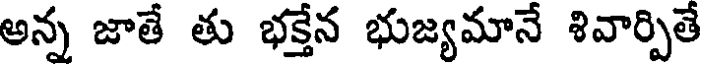
అన్న జాతే తు భక్తేన భుజ్యమానే శివార్పితే